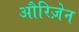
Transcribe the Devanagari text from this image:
औरिज़ेन